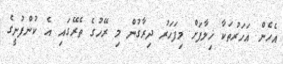
އެހެން އަހަރުތަކާ ޚިލާފަށް މިފަހަރު ދިރާގުން މި ރޭހުގެ ތެރޭގައި އެ ކުންފުނީގެ